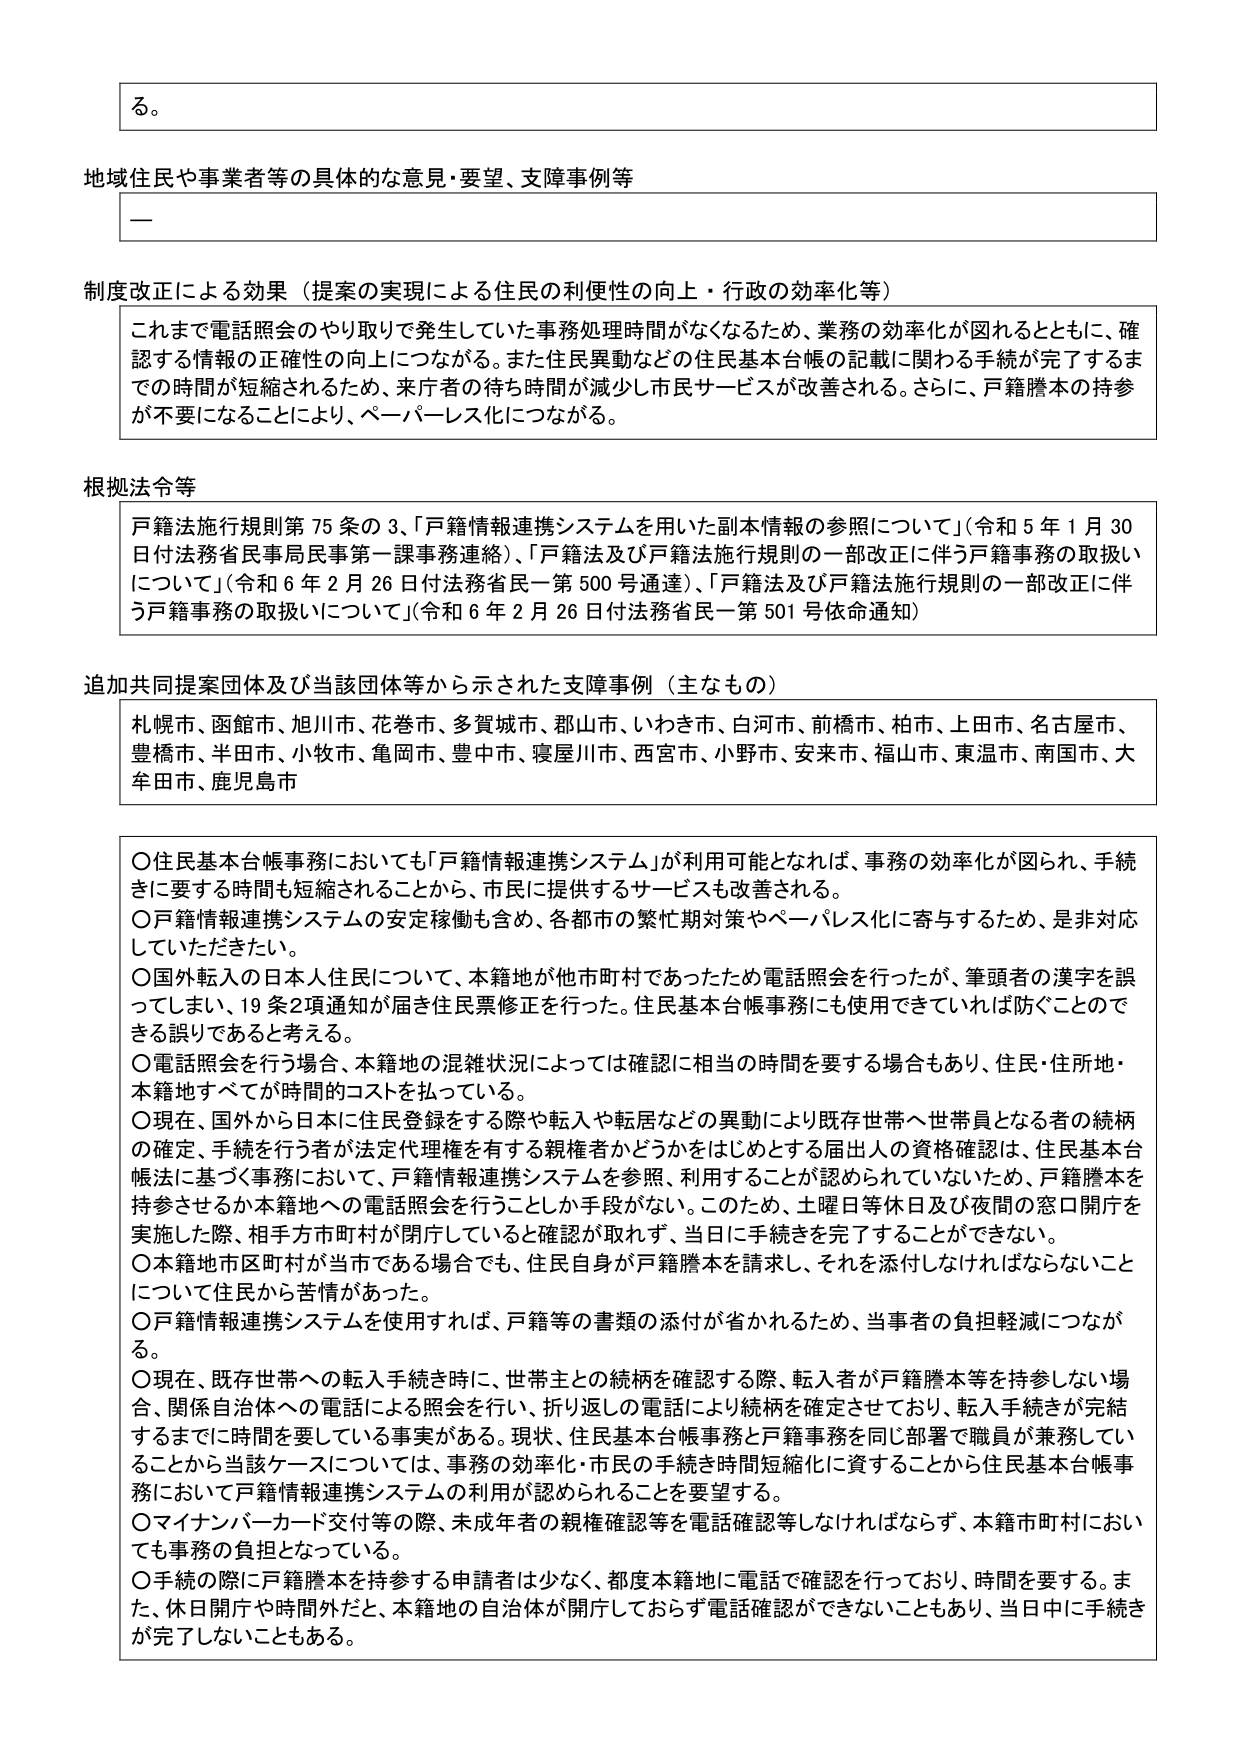
る。

地域住民や事業者等の具体的な意見・要望、支障事例等
—

制度改正による効果（提案の実現による住民の利便性の向上・行政の効率化等）
これまで電話照会のやり取りで発生していた事務処理時間がなくなるため、業務の効率化が図れるとともに、確認する情報の正確性の向上につながる。また住民異動などの住民基本台帳の記載に関わる手続が完了するまでの時間が短縮されるため、来庁者の待ち時間が減少し市民サービスが改善される。さらに、戸籍謄本の持参が不要になることにより、ペーパーレス化につながる。

根拠法令等
戸籍法施行規則第75条の3、「戸籍情報連携システムを用いた副本情報の参照について」（令和5年1月30日付法務省民事局民事第一課事務連絡）、「戸籍法及び戸籍法施行規則の一部改正に伴う戸籍事務の取扱いについて」（令和6年2月26日付法務省民一第500号通達）、「戸籍法及び戸籍法施行規則の一部改正に伴う戸籍事務の取扱いについて」（令和6年2月26日付法務省民一第501号依命通知）

追加共同提案団体及び当該団体等から示された支障事例（主なもの）
札幌市、函館市、旭川市、花巻市、多賀城市、郡山市、いわき市、白河市、前橋市、柏市、上田市、名古屋市、豊橋市、半田市、小牧市、亀岡市、豊中市、寝屋川市、西宮市、小野市、安来市、福山市、東温市、南国市、大牟田市、鹿児島市

〇住民基本台帳事務においても「戸籍情報連携システム」が利用可能となれば、事務の効率化が図られ、手続きに要する時間も短縮されることから、市民に提供するサービスも改善される。
〇戸籍情報連携システムの安定稼働も含め、各都市の繁忙期対策やペーパーレス化に寄与するため、是非対応していただきたい。
〇国外転入の日本人住民について、本籍地が他市町村であったため電話照会を行ったが、筆頭者の漢字を誤ってしまい、19条2項通知が届き住民票修正を行った。住民基本台帳事務にも使用できていれば防ぐことのできる誤りであると考える。
〇電話照会を行う場合、本籍地の混雑状況によっては確認に相当の時間を要する場合もあり、住民・住所地・本籍地すべてが時間的コストを払っている。
〇現在、国外から日本に住民登録をする際や転入や転居などの異動により既存世帯へ世帯員となる者の続柄の確定、手続を行う者が法定代理権を有する親権者かどうかをはじめとする届出人の資格確認は、住民基本台帳法に基づく事務において、戸籍情報連携システムを参照・利用することが認められていないため、戸籍謄本を持参させるか本籍地への電話照会を行うことしか手段がない。このため、土曜日等休日及び夜間の窓口開庁を実施した際、相手方市町村が開庁していると確認が取れず、当日に手続きを完了することができない。
〇本籍地市区町村が当市である場合でも、住民自身が戸籍謄本を請求し、それを添付しなければならないことについて住民から苦情があった。
〇戸籍情報連携システムを使用すれば、戸籍等の書類の添付が省かれるため、当事者の負担軽減につながる。
〇現在、既存世帯への転入手続き時に、世帯主との続柄を確認する際、転入者が戸籍謄本等を持参しない場合、関係自治体への電話による照会を行い、折り返しの電話により続柄を確定させており、転入手続きが完結するまでに時間を要している事実がある。現状、住民基本台帳事務と戸籍事務を同じ部署で職員が兼務していることから当該ケースについては、事務の効率化・市民の手続き時間短縮化に資することから住民基本台帳事務において戸籍情報連携システムの利用が認められることを要望する。
〇マイナンバーカード交付等の際、未成年者の親権確認等を電話確認等しなければならず、本籍市町村においても事務の負担となっている。
〇手続の際に戸籍謄本を持参する申請者は少なく、都度本籍地に電話で確認を行っており、時間を要する。また、休日開庁や時間外だと、本籍地の自治体が開庁しておらず電話確認ができないこともあり、当日中に手続きが完了しないこともある。